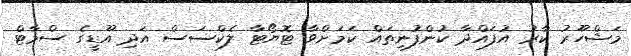
މަޝްހޫރު ކާރު އުފައްދާ ކުންފުނިތައް ކަމަށްވާ ޓޮޔޯޓާ ލެކްސަސް އަދި އޫޑީގެ ސްމާޓް